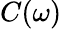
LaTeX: C(\omega)